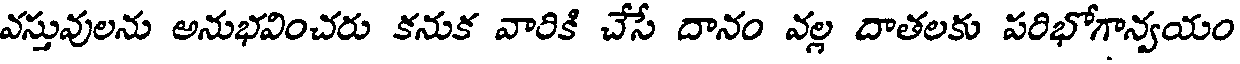
వస్తువులను అనుభవించరు కనుక వారికి చేసే దానం వల్ల దాతలకు పరిభోగాన్వయం